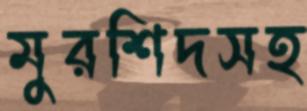
মুরশিদসহ